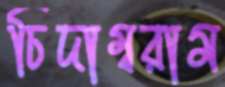
চিদাম্বরাম